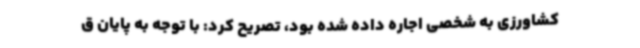
کشاورزی به شخصی اجاره داده شده بود، تصریح کرد: با توجه به پایان ق